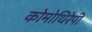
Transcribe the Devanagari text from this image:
कोमोथिरेपी